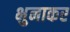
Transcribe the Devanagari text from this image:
भुनाकर